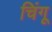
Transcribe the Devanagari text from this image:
चिंगू